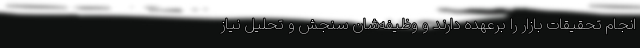
انجام تحقیقات بازار را برعهده دارند و وظیفه‌شان سنجش و تحلیل نیاز